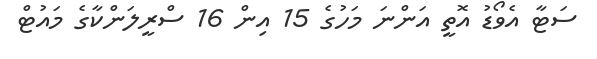
ސަޓާ އެވޯޑު އޮތީ އަންނަ މަހުގެ 15 އިން 16 ސްރީލަންކާގެ މައުޓް